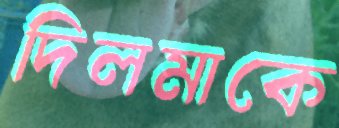
দিলমাকে